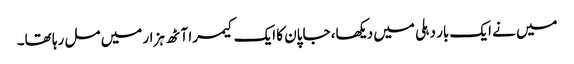
میں نے ایک بار دہلی میں دیکھا، جاپان کا ایک کیمرا آٹھ ہزار میں مل رہا تھا۔